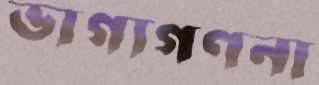
ভাগ্যগণনা